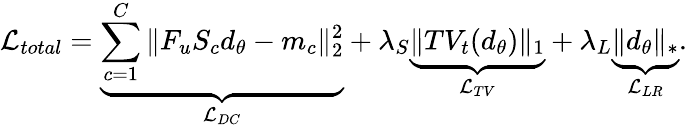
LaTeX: \mathcal{L}_{total}=\underbrace{\sum_{c=1}^{C}\Vert F_{u}S_{c}d_{\theta}-m_{c}\Vert_{2}^{2}}_{\mathcal{L}_{DC}}+\lambda_{S}\underbrace{\Vert TV_{t}(d_{\theta})\Vert_{1}}_{\mathcal{L}_{TV}}+\lambda_{L}\underbrace{\Vert d_{\theta}\Vert_{*}}_{\mathcal{L}_{LR}}.